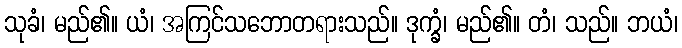
သုခံ၊ မည်၏။ ယံ၊ အကြင်သဘောတရားသည်။ ဒုက္ခံ၊ မည်၏။ တံ၊ သည်။ ဘယံ၊